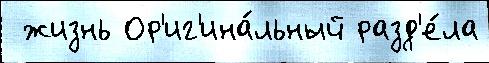
 жизнь Ор'иг'ина́льный разд'е́ла